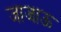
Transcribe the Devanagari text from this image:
जाजाऊ